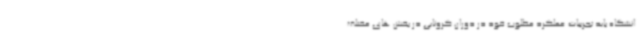
انشگاه باید تجربیات عملکرد مطلوب خود در دوران کرونایی در بخش های مختلف